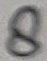
Text: 8